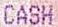
CASH